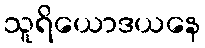
သူရိယောဒယနေ